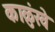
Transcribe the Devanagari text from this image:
काळुंखे